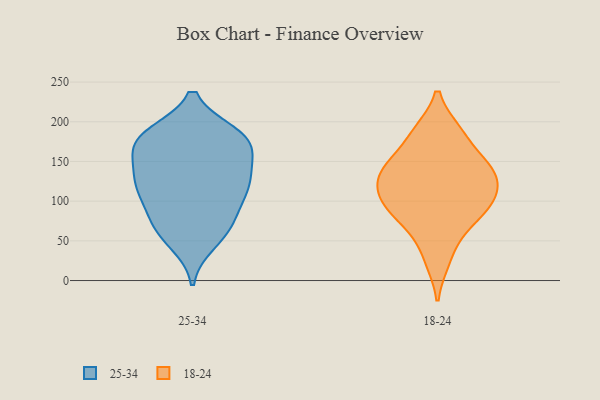
{"axis": {"x": "Customer Acquisition Cost (USD)", "y": "Value"}, "legend": ["18-24", "25-34"], "data": [{"x": "", "y": 128, "type": "25-34"}, {"x": "", "y": 123, "type": "25-34"}, {"x": "", "y": 142, "type": "25-34"}, {"x": "", "y": 134, "type": "25-34"}, {"x": "", "y": 69, "type": "25-34"}, {"x": "", "y": 73, "type": "25-34"}, {"x": "", "y": 48, "type": "25-34"}, {"x": "", "y": 179, "type": "25-34"}, {"x": "", "y": 108, "type": "25-34"}, {"x": "", "y": 168, "type": "25-34"}, {"x": "", "y": 115, "type": "25-34"}, {"x": "", "y": 59, "type": "25-34"}, {"x": "", "y": 184, "type": "25-34"}, {"x": "", "y": 181, "type": "25-34"}, {"x": "", "y": 84, "type": "25-34"}, {"x": "", "y": 165, "type": "25-34"}, {"x": "", "y": 184, "type": "25-34"}, {"x": "", "y": 174, "type": "25-34"}, {"x": "", "y": 113, "type": "25-34"}, {"x": "", "y": 61, "type": "18-24"}, {"x": "", "y": 136, "type": "18-24"}, {"x": "", "y": 88, "type": "18-24"}, {"x": "", "y": 125, "type": "18-24"}, {"x": "", "y": 79, "type": "18-24"}, {"x": "", "y": 154, "type": "18-24"}, {"x": "", "y": 142, "type": "18-24"}, {"x": "", "y": 142, "type": "18-24"}, {"x": "", "y": 105, "type": "18-24"}, {"x": "", "y": 103, "type": "18-24"}, {"x": "", "y": 25, "type": "18-24"}, {"x": "", "y": 108, "type": "18-24"}, {"x": "", "y": 188, "type": "18-24"}, {"x": "", "y": 188, "type": "18-24"}]}